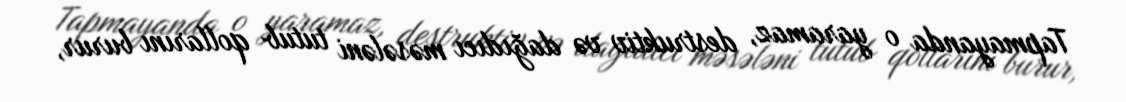
Tapmayanda o yaramaz, destruktiv və dağıdıcı məsələni tutub qollarını burur,